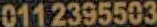
0112395503